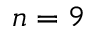
n = 9